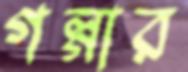
গল্গার